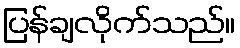
ပြန်ချလိုက်သည်။